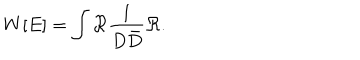
LaTeX: W [ E ] = \int \Re \frac { 1 } { D \bar { D } } \Re .